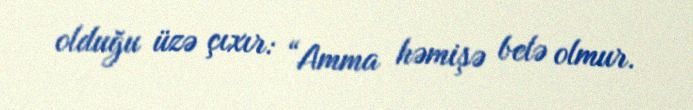
olduğu üzə çıxır: “Amma həmişə belə olmur.